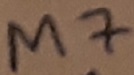
Text: M7